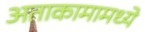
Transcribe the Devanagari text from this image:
अताकामामध्ये